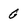
Character: 0